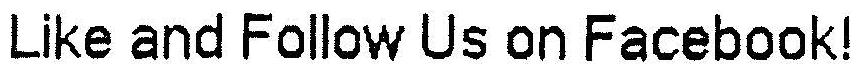
LIKE AND FOLLOW US ON FACEBOOK!